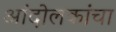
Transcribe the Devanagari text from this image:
आंदोलकांचा